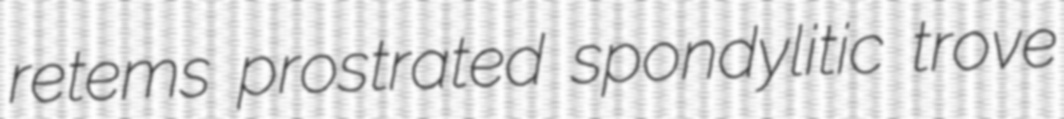
retems prostrated spondylitic trove